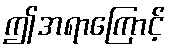
ဤအရာကြောင့်